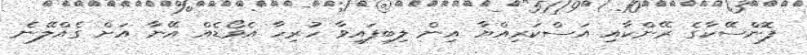
ފޮންސޭކާގެ ރޭންކާއި އަސްކަރިއްޔާ އިން ލިބިފައިވާ ހުރިހާ އެވޯޑެއް އޭނާ އަށް ގެއްލޭނެ